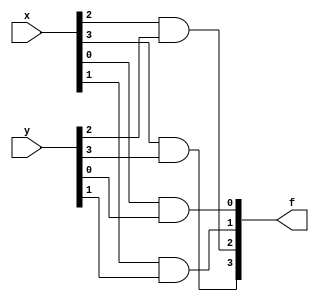
/* ========================================================= */
/*                 32BIT BITWISE AND MODULE                 */
/* ========================================================= */
module bitwiseand(x,y,f);
	input [3:0] x, y;
	output [3:0] f;
	
	and(f[0],x[0],y[0]);
	and(f[1],x[1],y[1]);
	and(f[2],x[2],y[2]);
	and(f[3],x[3],y[3]);
	
	/* FOR TESTING:
	assign x = 4'b1001;
	assign y = 4'b0011;
	
	initial
		begin
			$monitor($time,,"x=%b, y=%b, f=%b",x,y,f);
		end
	*/
endmodule